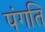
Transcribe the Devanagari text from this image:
पंगति